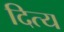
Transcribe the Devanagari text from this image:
दित्य